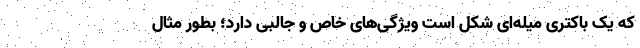
که یک باکتری میله‌ای شکل است ویژگی‌های خاص و جالبی دارد؛ بطور مثال